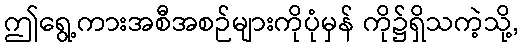
ဤရွေ့ကားအစီအစဉ်များကိုပုံမှန် ကို၌ရှိသကဲ့သို့,